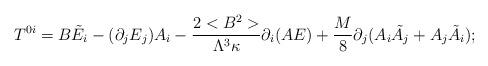
LaTeX: \begin{align*}T^{0i}= B\tilde E_i - (\partial_j E_j) A_i - \frac{2<B^2>}{\Lambda^3 \kappa}\partial_i(AE) + \frac{M}{8} \partial_j(A_i \tilde A_j + A_j \tilde A_i);\end{align*}